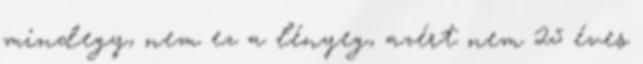
mindegy, nem ez a lényeg, azért nem 25 éves